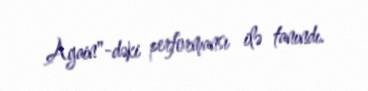
Again"-dəki performansı ilə tanındı.